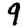
Digit: 9